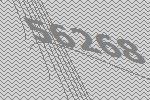
56268